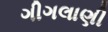
ગીગલાણી